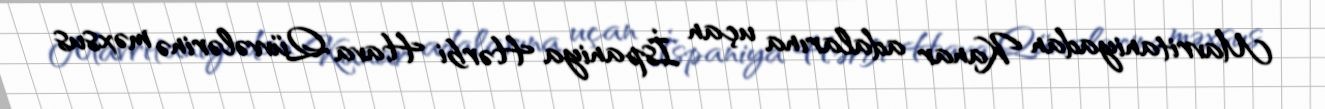
Mavritaniyadan Kanar adalarına uçan İspaniya Hərbi Hava Qüvvələrinə məxsus